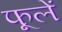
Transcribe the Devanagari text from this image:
फूलें